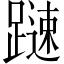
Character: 𨄞